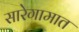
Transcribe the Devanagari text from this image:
सारेगामात